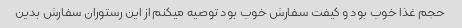
حجم غذا خوب بود و کیفت سفارش خوب بود توصیه میکنم از این رستوران سفارش بدین